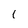
Character: i